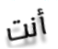
أنت